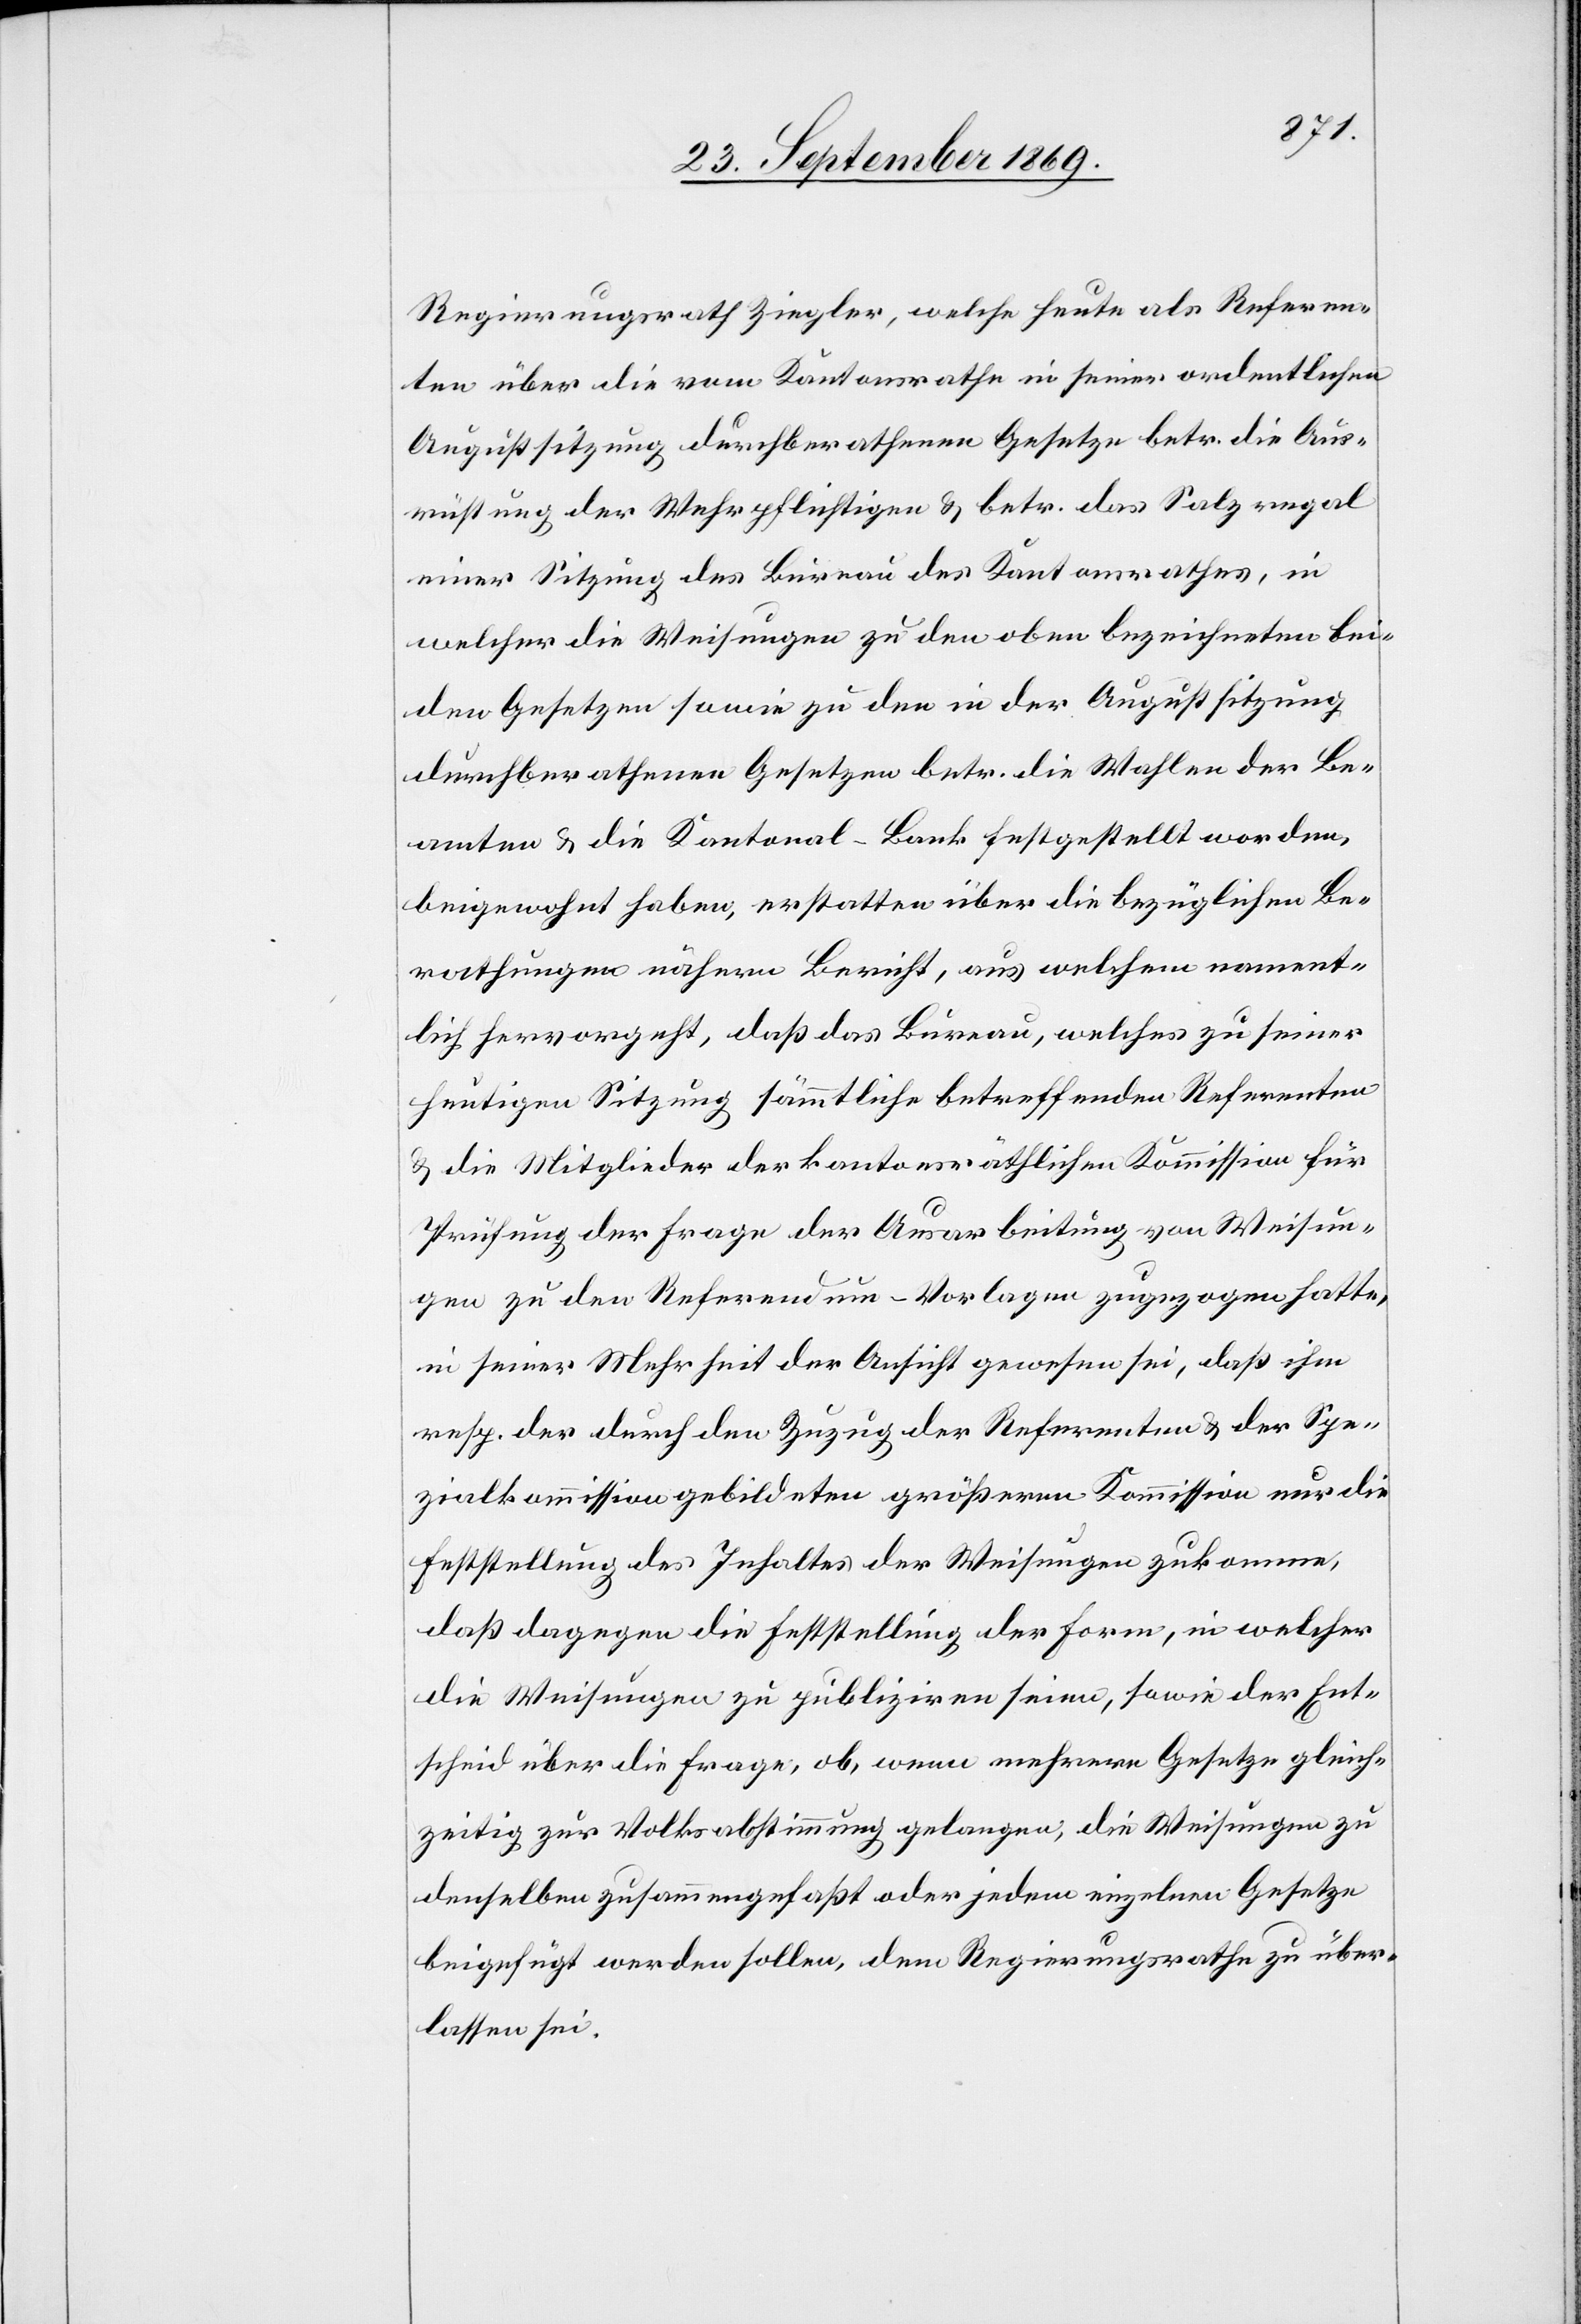
Regierungsrath Ziegler, welche heute als Referen¬
ten über die vom Kantonsrathe in seiner ordentlichen
Augustsitzung durchberathenen Gesetze betr. die Aus¬
rüstung der Wehrpflichtigen & betr. das Salzregal
einer Sitzung des Bureau des Kantonsrathes, in
welcher die Weisungen zu den oben bezeichneten bei¬
den Gesetzen sowie zu den in der Augustsitzung
durchberathenen Gesetzen betr. die Wahlen der Be¬
amten & die Kantonal-Bank festgestellt worden,
beigewohnt haben, erstatten über die bezüglichen Be¬
rathungen nähern Bericht, aus welchem nament¬
lich hervorgeht, daß das Bureau, welches zu seiner
heutigen Sitzung sämmtliche betreffenden Referenten
& die Mitglieder der kantonsräthlichen Kommission für
Prüfung der Frage der Ausarbeitung von Weisun¬
gen zu den Referendum-Vorlagen zugezogen hatte,
in seiner Mehrheit der Ansicht gewesen sei, daß ihm
resp. der durch den Zuzug der Referenten & der Spe¬
zialkommission gebildeten größeren Kommission nur die
Feststellung des Inhaltes der Weisungen zukomme,
daß dagegen die Feststellung der Form, in welcher
die Weisungen zu publiziren seien, sowie der Ent¬
scheid über die Frage, ob, wenn mehrere Gesetze gleich¬
zeitig zur Volksabstimmung gelangen, die Weisungen zu
denselben zusammengefaßt oder jedem einzelnen Gesetze
beigefügt werden sollen, dem Regierungsrathe zu über¬
lassen sei.